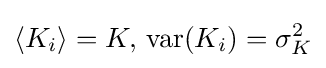
\langle K_{i}\rangle =K,\,\operatorname {var} (K_{i})=\sigma _{K}^{2}